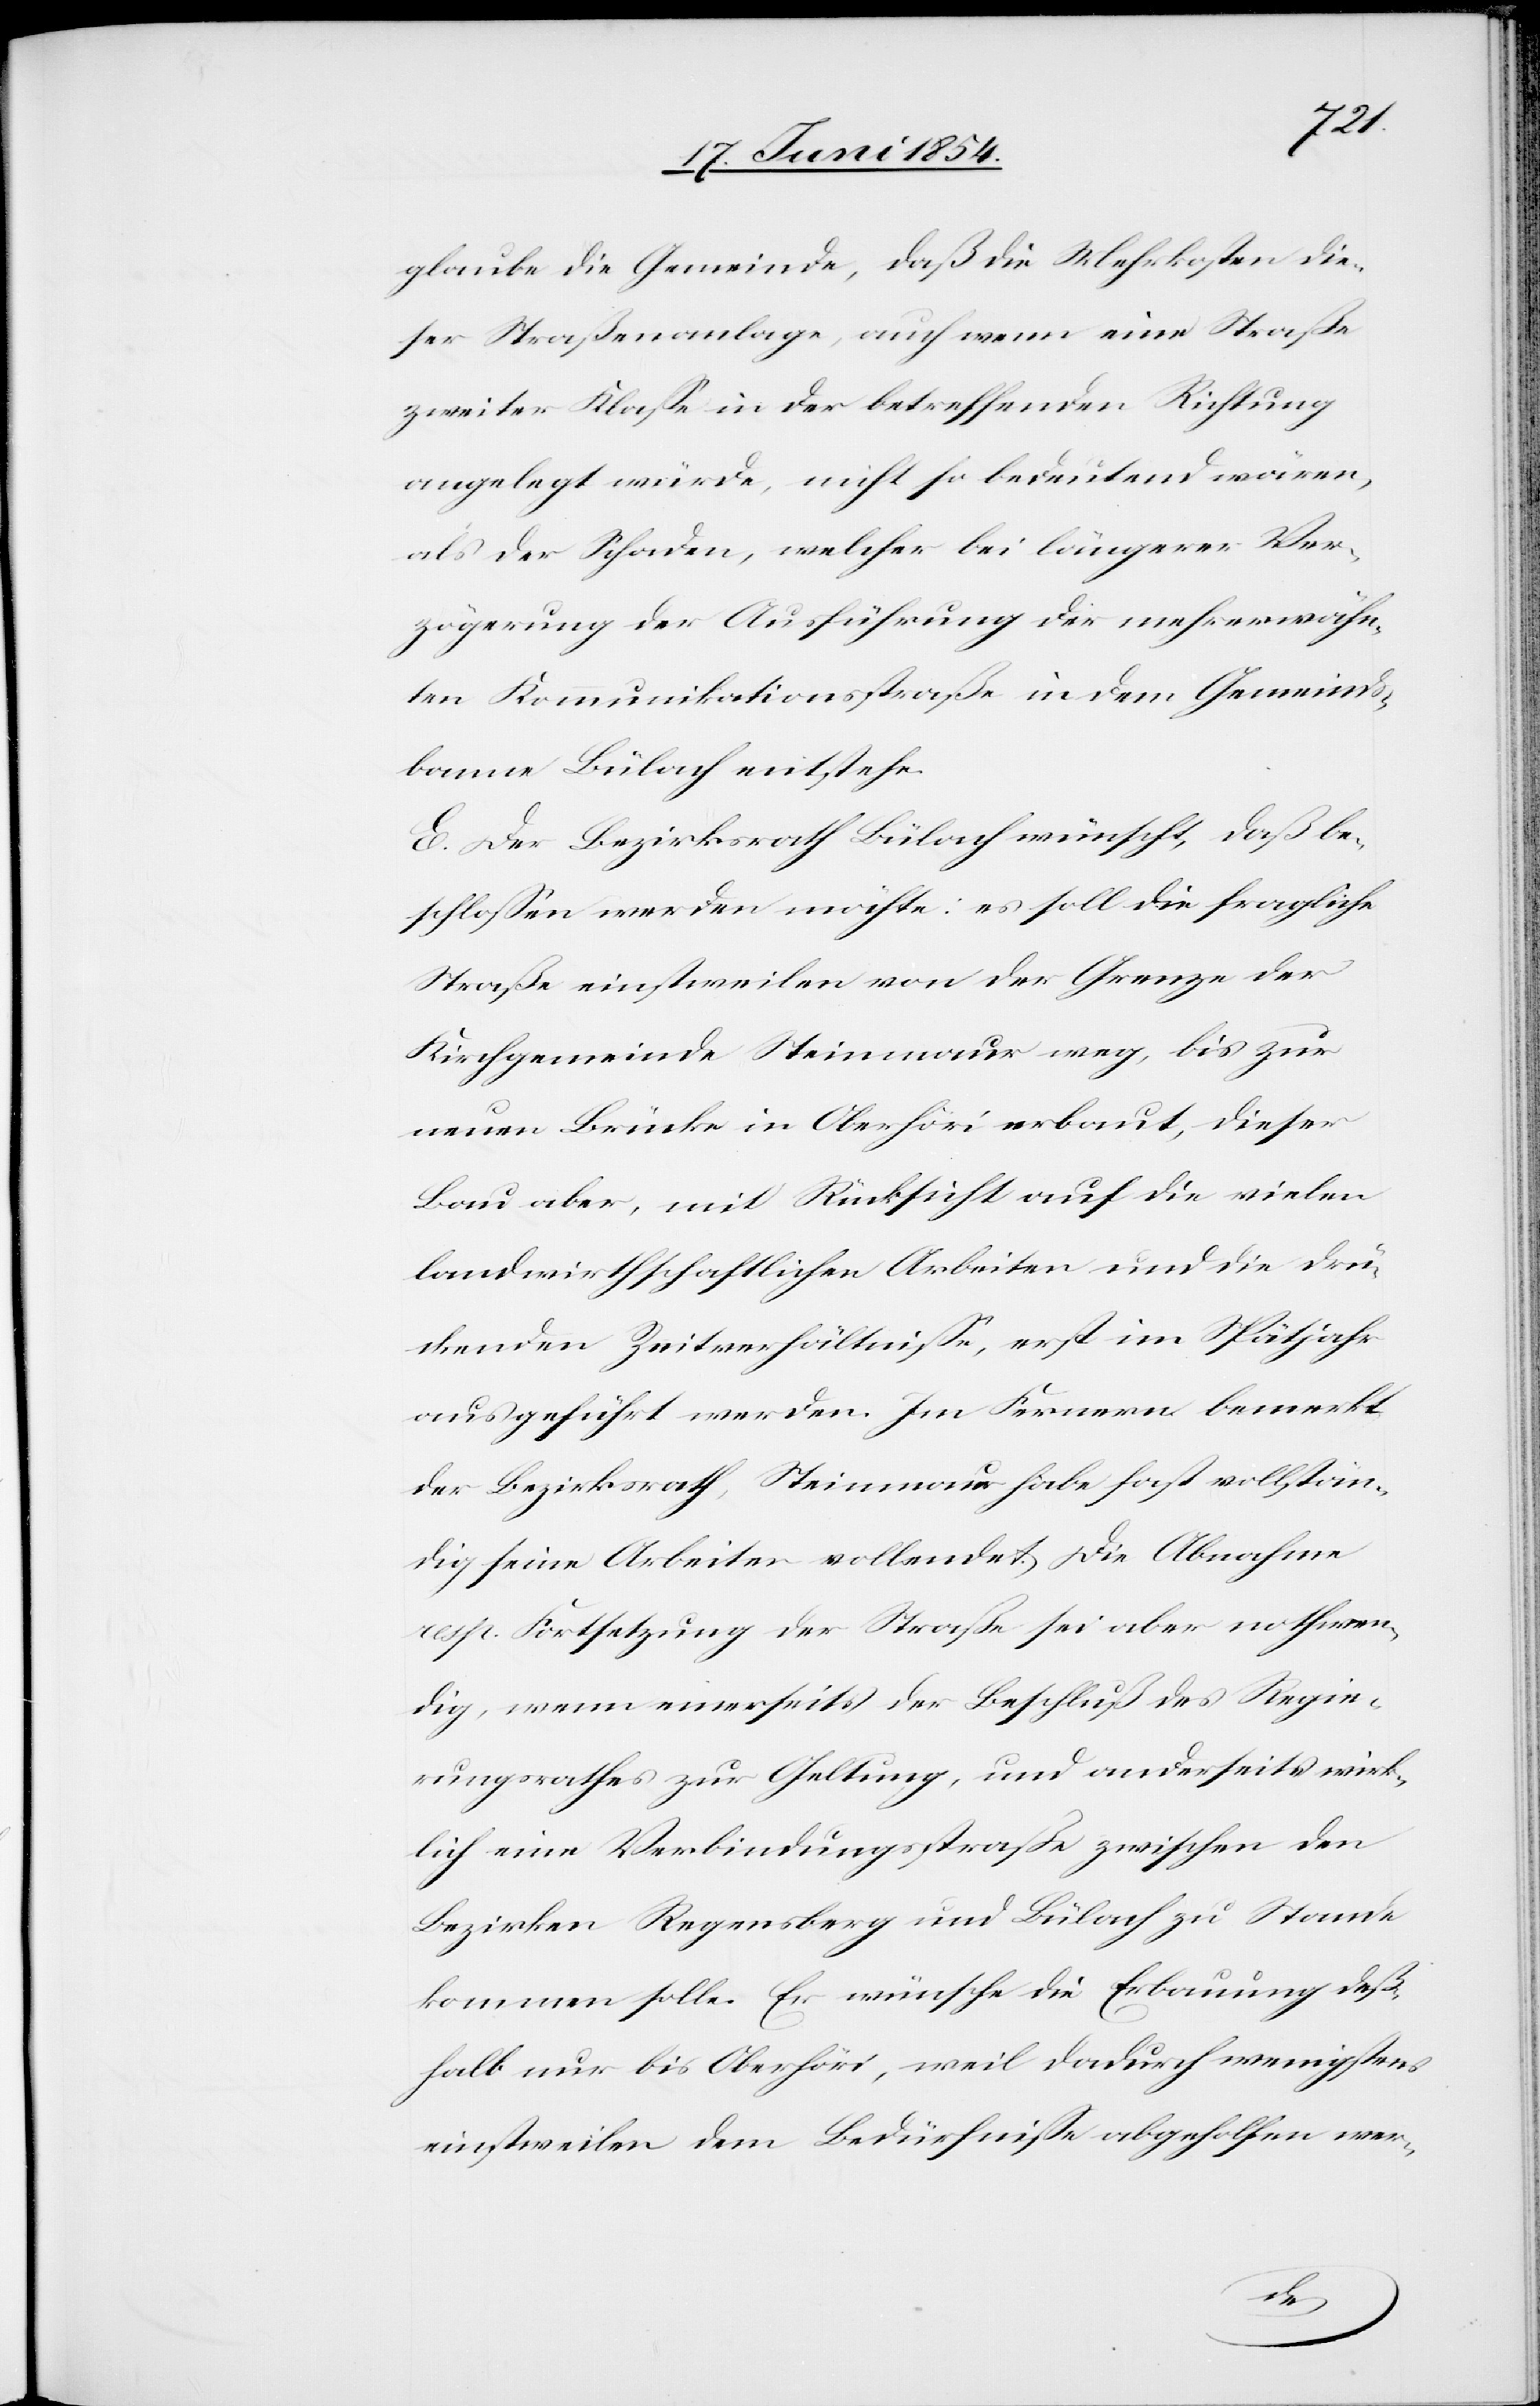
glaube die Gemeinde, daß die Mehrkosten die¬
ser Straßenanlage, auch wenn eine Straße
zweiter Klaße in der betreffenden Richtung
angelegt würde, nicht so bedeutend wären,
als der Schaden, welcher bei längere Ver¬
zögerung der Ausführung der mehrerwähn¬
ten Kommunikationsstraße in dem Gemeinds¬
banne Bülach entstehe.
E. Der Bezirksrath Bülach wünscht, daß be¬
schloßen werden möchte: es soll die fragliche
Straße einstweilen von der Grenze der
Kirchgemeinde Steinmaur weg, bis zur
neuen Brücke in Oberhöri erbaut, dieser
Bau aber, mit Rücksicht auf die vielen
landwirthschaftlichen Arbeiten und die drü¬
ckenden Zeitverhältniße, erst im Spätjahr
ausgeführt werden. Im Fernern bemerkt
der Bezirksrath, Steinmaur habe fast vollstän¬
dig seine Arbeiten vollendet. Die Abnahme
resp. Fortsetzung der Straße sei aber nothwen¬
dig, wenn einerseits der Beschluß des Regie¬
rungsrathes zur Geltung, und anderseits wirk¬
lich eine Verbindungsstraße zwischen den
Bezirken Regensberg und Bülach zu Stande
kommen solle. Er wünsche die Erbauung deß¬
halb nur bis Oberhöri, weil dadurch wenigstens
einstweilen dem Bedürfniße abgeholfen wer-